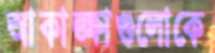
আকাঙ্ক্ষাগুলোকে